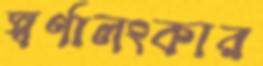
স্বর্ণালংকার